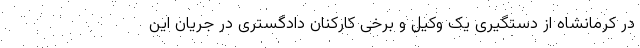
در کرمانشاه از دستگیری یک وکیل و برخی کارکنان دادگستری در جریان این